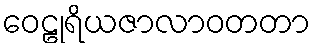
ဝေဠုရိယဇာလာဝတတာ